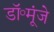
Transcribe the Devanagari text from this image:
डॉ॰मूंजे